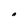
Character: 0